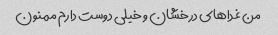
من غداهای درخشان و خیلی دوست دارم ممنون